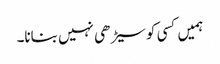
ہمیں کسی کو سیڑھی نہیں بنانا۔